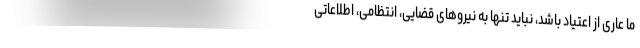
ما عاری از اعتیاد باشد، نباید تنها به نیروهای قضایی، انتظامی، اطلاعاتی